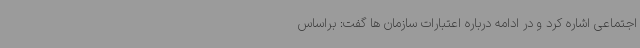
اجتماعی اشاره کرد و در ادامه درباره اعتبارات سازمان ها گفت: براساس